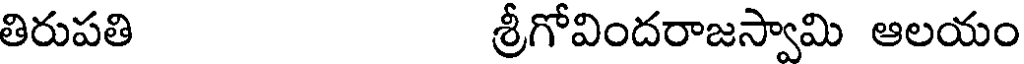
తిరుపతి శ్రీగోవిందరాజస్వామి ఆలయం